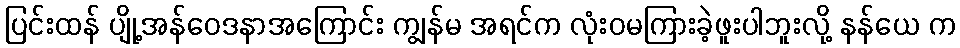
ပြင်းထန် ပျို့အန်ဝေဒနာအကြောင်း ကျွန်မ အရင်က လုံးဝမကြားခဲ့ဖူးပါဘူးလို့ နန်ယေ က